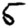
Digit: 5